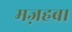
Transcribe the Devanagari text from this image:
मज़हब।